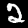
Digit: 2